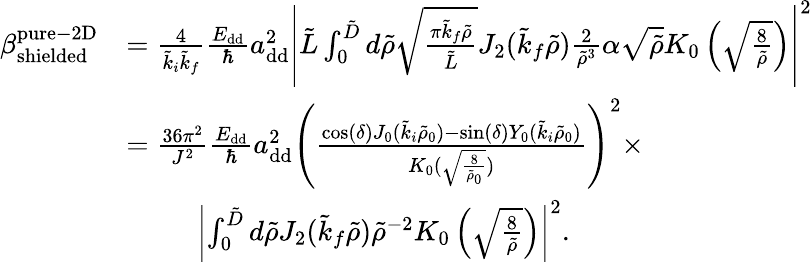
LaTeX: \begin{array}{rl}{\beta_{\mathrm{shielded}}^{\mathrm{pure-2D}}}&{=\frac{4}{\tilde{k}_{i}\tilde{k}_{f}}\frac{E_{\mathrm{dd}}}{\hbar}a_{\mathrm{dd}}^{2}\left\vert\tilde{L}\int_{0}^{\tilde{D}}d\tilde{\rho}\sqrt{\frac{\pi\tilde{k}_{f}\tilde{\rho}}{\tilde{L}}}J_{2}(\tilde{k}_{f}\tilde{\rho})\frac{2}{\tilde{\rho}^{3}}\alpha\sqrt{\tilde{\rho}}K_{0}\left(\sqrt{\frac{8}{\tilde{\rho}}}\right)\right\vert^{2}}\\ &{=\frac{36\pi^{2}}{J^{2}}\frac{E_{\mathrm{dd}}}{\hbar}a_{\mathrm{dd}}^{2}\left(\frac{\cos(\delta)J_{0}(\tilde{k}_{i}\tilde{\rho}_{0})-\sin(\delta)Y_{0}(\tilde{k}_{i}\tilde{\rho}_{0})}{K_{0}(\sqrt{\frac{8}{\tilde{\rho}_{0}}})}\right)^{2}\times}\\ &{\; \; \; \; \; \; \; \; \; \left\vert\int_{0}^{\tilde{D}}d\tilde{\rho}J_{2}(\tilde{k}_{f}\tilde{\rho})\tilde{\rho}^{-2}K_{0}\left(\sqrt{\frac{8}{\tilde{\rho}}}\right)\right\vert^{2}.}\end{array}